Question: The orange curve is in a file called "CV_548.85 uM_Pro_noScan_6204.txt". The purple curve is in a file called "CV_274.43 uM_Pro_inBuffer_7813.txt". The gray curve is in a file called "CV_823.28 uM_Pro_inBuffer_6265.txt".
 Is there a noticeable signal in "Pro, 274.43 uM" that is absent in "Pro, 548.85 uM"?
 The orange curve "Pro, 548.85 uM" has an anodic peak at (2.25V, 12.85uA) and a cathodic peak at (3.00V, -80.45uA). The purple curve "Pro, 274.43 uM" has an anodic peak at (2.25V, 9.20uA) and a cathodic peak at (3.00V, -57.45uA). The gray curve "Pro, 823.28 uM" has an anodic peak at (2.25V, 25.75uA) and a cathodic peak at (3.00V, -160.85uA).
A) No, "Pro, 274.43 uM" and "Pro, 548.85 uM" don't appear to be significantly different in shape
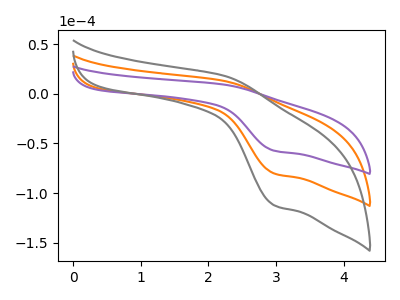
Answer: <think>All the peaks in "Pro, 274.43 uM" have a peak in "Pro, 548.85 uM" at the same potential. Every peak in "Pro, 274.43 uM" is lower than every peak in "Pro, 548.85 uM".
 </think>
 <answer>A) No, "Pro, 274.43 uM" and "Pro, 548.85 uM" don't appear to be significantly different in shape</answer>
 <eval>A</eval>